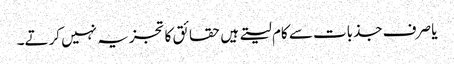
یا صرف جذبات سے کام لیتے ہیں حقائق کا تجزیہ نہیں کرتے۔